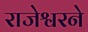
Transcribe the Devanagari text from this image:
राजेश्वरने